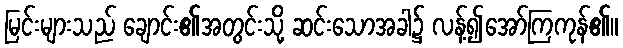
မြင်းများသည် ချောင်း၏အတွင်းသို့ ဆင်းသောအခါ၌ လန့်၍အော်ကြကုန်၏။